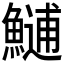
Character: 𩺼